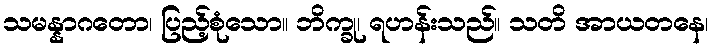
သမန္နာဂတော၊ ပြည့်စုံသော။ ဘိက္ခု၊ ရဟန်းသည်။ သတိ အာယတနေ၊